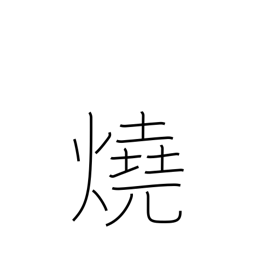
Meaning: bake